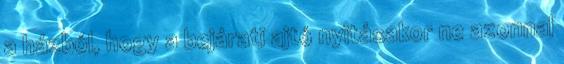
a házból, hogy a bejárati ajtó nyitásakor ne azonnal